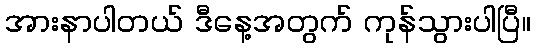
အားနာပါတယ် ဒီနေ့အတွက် ကုန်သွားပါပြီ။